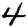
Digit: 4